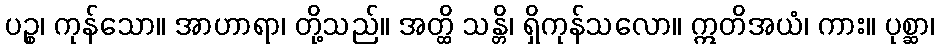
ပဉ္စ၊ ကုန်သော။ အာဟာရာ၊ တို့သည်။ အတ္ထိ သန္တိ၊ ရှိကုန်သလော။ ဣတိအယံ၊ ကား။ ပုစ္ဆာ၊